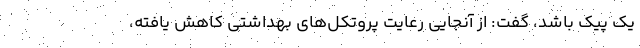
یک پیک باشد، ‌گفت: از آنجایی رعایت پروتکل‌های بهداشتی کاهش یافته،